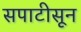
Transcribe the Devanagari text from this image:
सपाटीसून